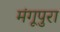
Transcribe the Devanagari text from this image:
मंगूपुरा